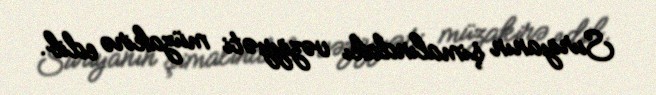
Suriyanın şimalındakı vəziyyəti müzakirə edib.